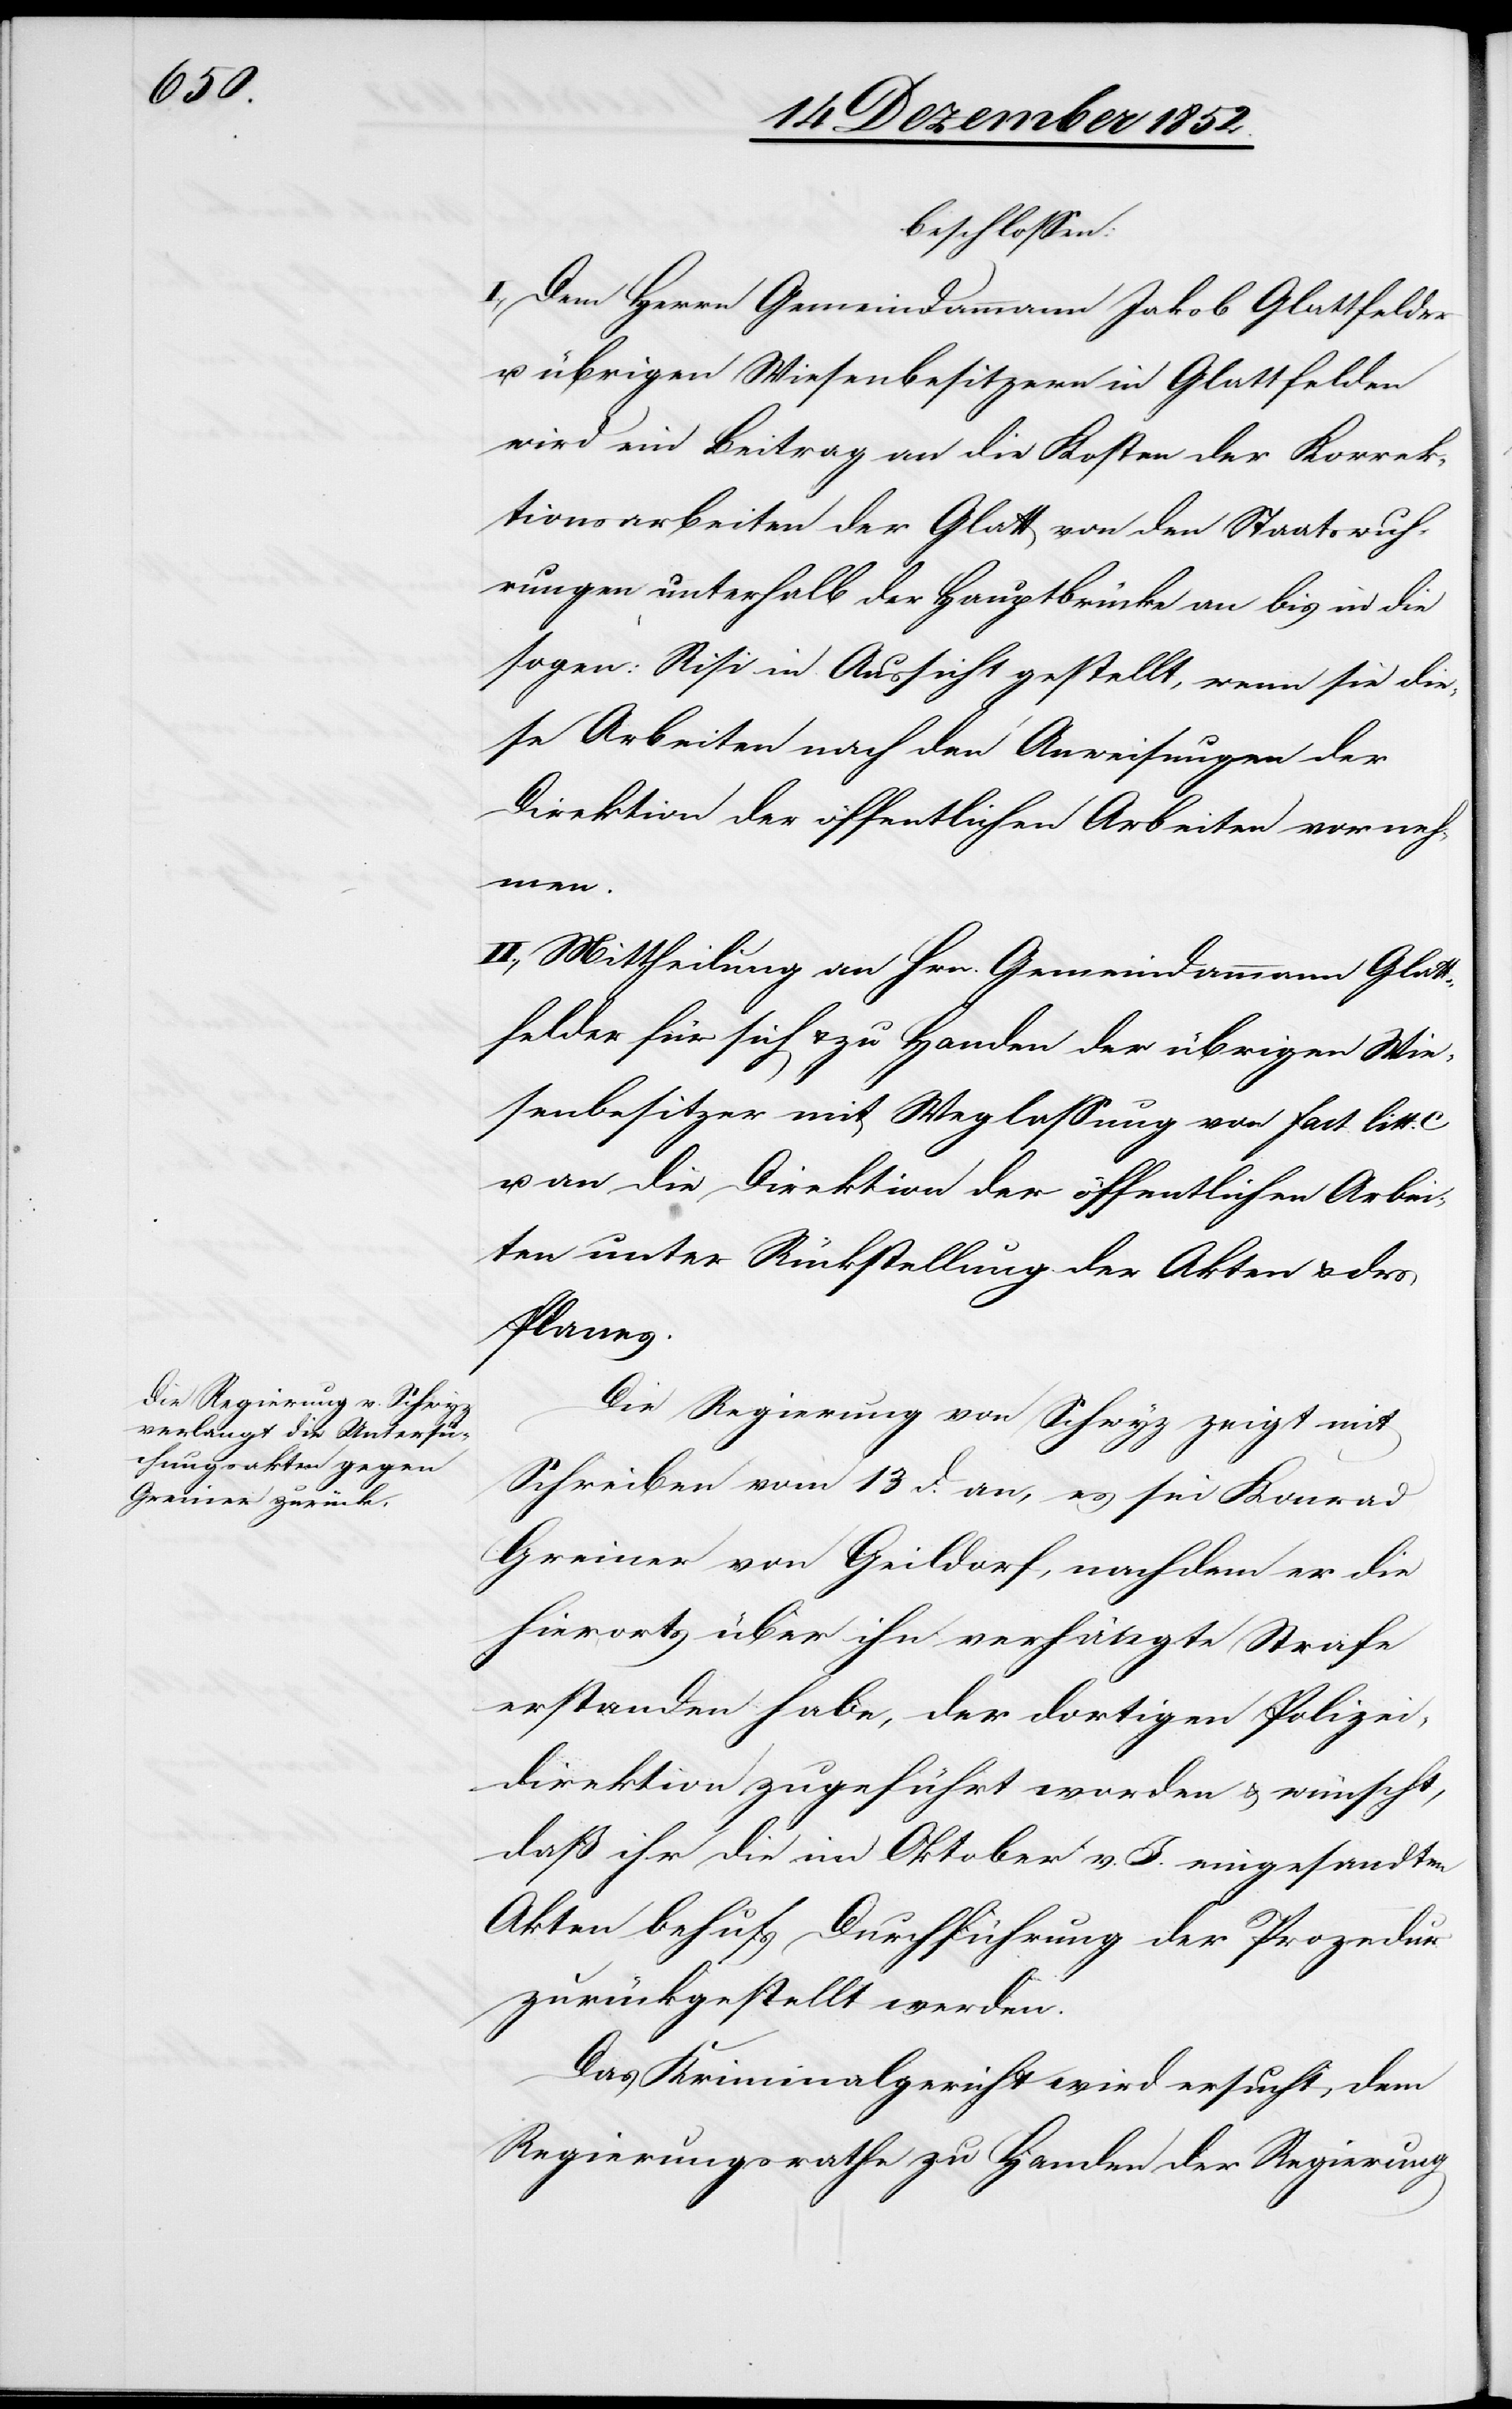
beschlossen:
I., Dem Herrn Gemeindammann Jakob Glattfelder
u. übrigen Wiesenbesitzern in Glattfelden
wird ein Beitrag an die Kosten der Korrek¬
tionsarbeiten der Glatt von den Staatswuh¬
rungen unterhalb der Hauptbrücke an bis in die
sogen: Risi in Aussicht gestellt, wenn sie die¬
se Arbeiten nach den Anweisungen der
Direktion der öffentlichen Arbeiten vorneh¬
men.
II., Mittheilung an Hrn. Gemeindammann Glatt¬
felder für sich & zu Handen der übrigen Wie¬
senbesitzer mit Weglassung von fact litt.
u. an die Direktion der öffentlichen Arbei¬
ten unter Rückstellung der Akten & des
Planes.
Die Regierung von Schwyz zeigt mit
Schreiben vom 13 d. an, es sei Konrad
Greiner von Geildorf, nachdem er die
hierorts über ihn verhängte Strafe
erstanden habe, der dortigen Polizei¬
direktion zugeführt worden & wünscht,
daß ihr die im Oktober v. J. eingesandten
Akten behufs Durchführung der Prozedur
zurückgestellt werden.
Das Kriminalgericht wird ersucht, dem
Regierungsrathe zu Handen der Regierung